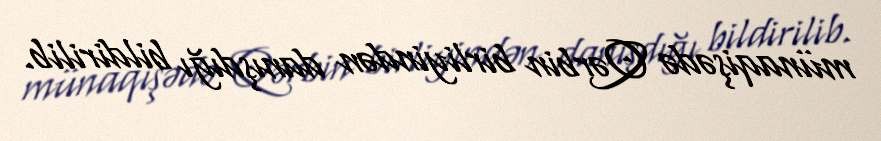
münaqişədə Qərbin birliyindən danışdığı bildirilib.